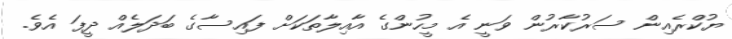
ޔުކްރެއިން ސަރުކާރުން ވަނީ އެ މީހުންގެ އާއިލާތަކަށް ފައިސާގެ ބަދަލެއް ދީފަ އެވެ.